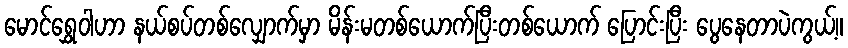
မောင်ရွှေဝါဟာ နယ်စပ်တစ်လျှောက်မှာ မိန်းမတစ်ယောက်ပြီးတစ်ယောက် ပြောင်းပြီး ပွေနေတာပဲကွယ့်။